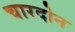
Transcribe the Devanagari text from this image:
चारदोन